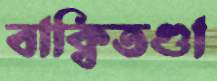
বাক্‌বিতণ্ডা